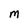
Character: M